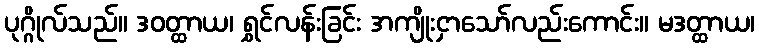
ပုဂ္ဂိုလ်သည်။ ဒဝတ္ထာယ၊ ရွှင်လန်းခြင်း အကျိုးငှာသော်လည်းကောင်း။ မဒတ္ထာယ၊